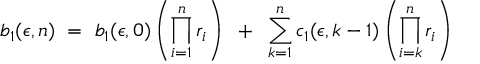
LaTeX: b _ { 1 } ( \epsilon , n ) ~ = ~ b _ { 1 } ( \epsilon , 0 ) \left( \prod _ { i = 1 } ^ { n } r _ { i } \right) { } ~ + ~ \sum _ { k = 1 } ^ { n } c _ { 1 } ( \epsilon , k - 1 ) \left( \prod _ { i = k } ^ { n } r _ { i } \right)